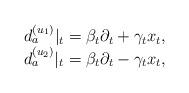
LaTeX: \begin{align*}\begin{array}{rc} & d_a^{(u_1)}|_t=\beta_t\partial_t+\gamma_t x_t, \\ & d_a^{(u_2)}|_t=\beta_t\partial_t-\gamma_t x_t,\end{array}\end{align*}